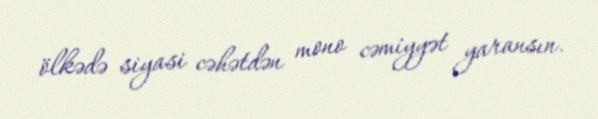
ölkədə siyasi cəhətdən mono cəmiyyət yaransın.